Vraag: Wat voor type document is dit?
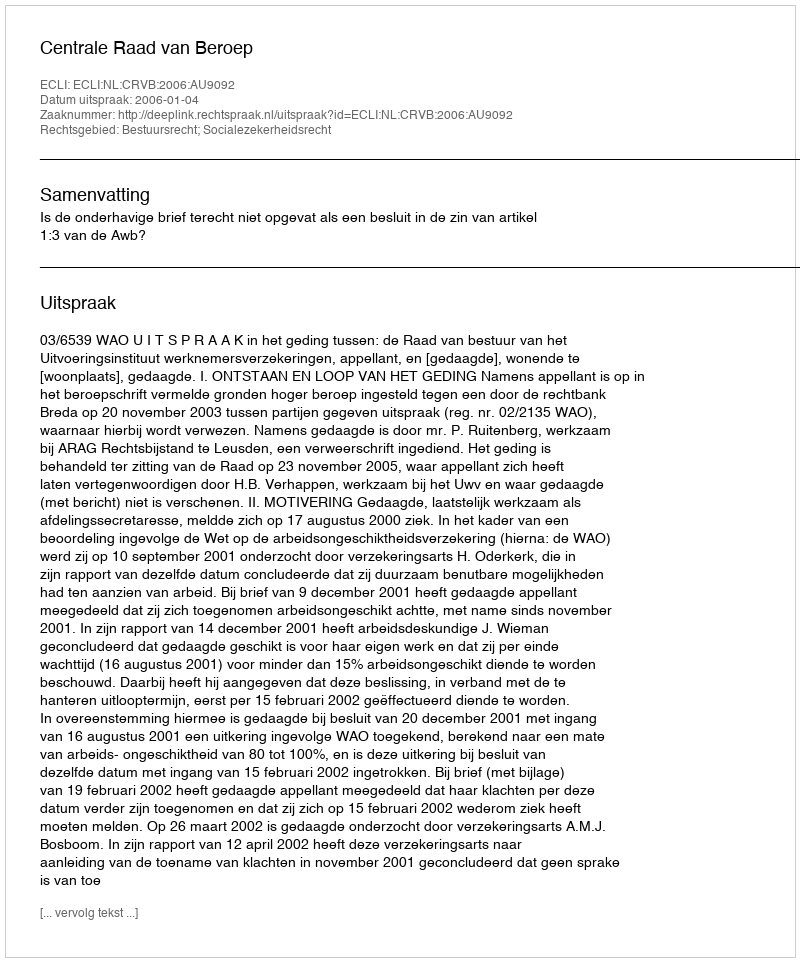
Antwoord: Uitspraak